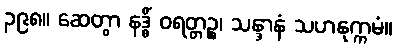
၃၉၈။ ဆေတွာ နဒ္ဓိံ ဝရတ္တဉ္စ၊ သန္ဒာနံ သဟနုက္ကမံ။